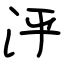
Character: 泘